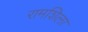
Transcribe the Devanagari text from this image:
रामशिला